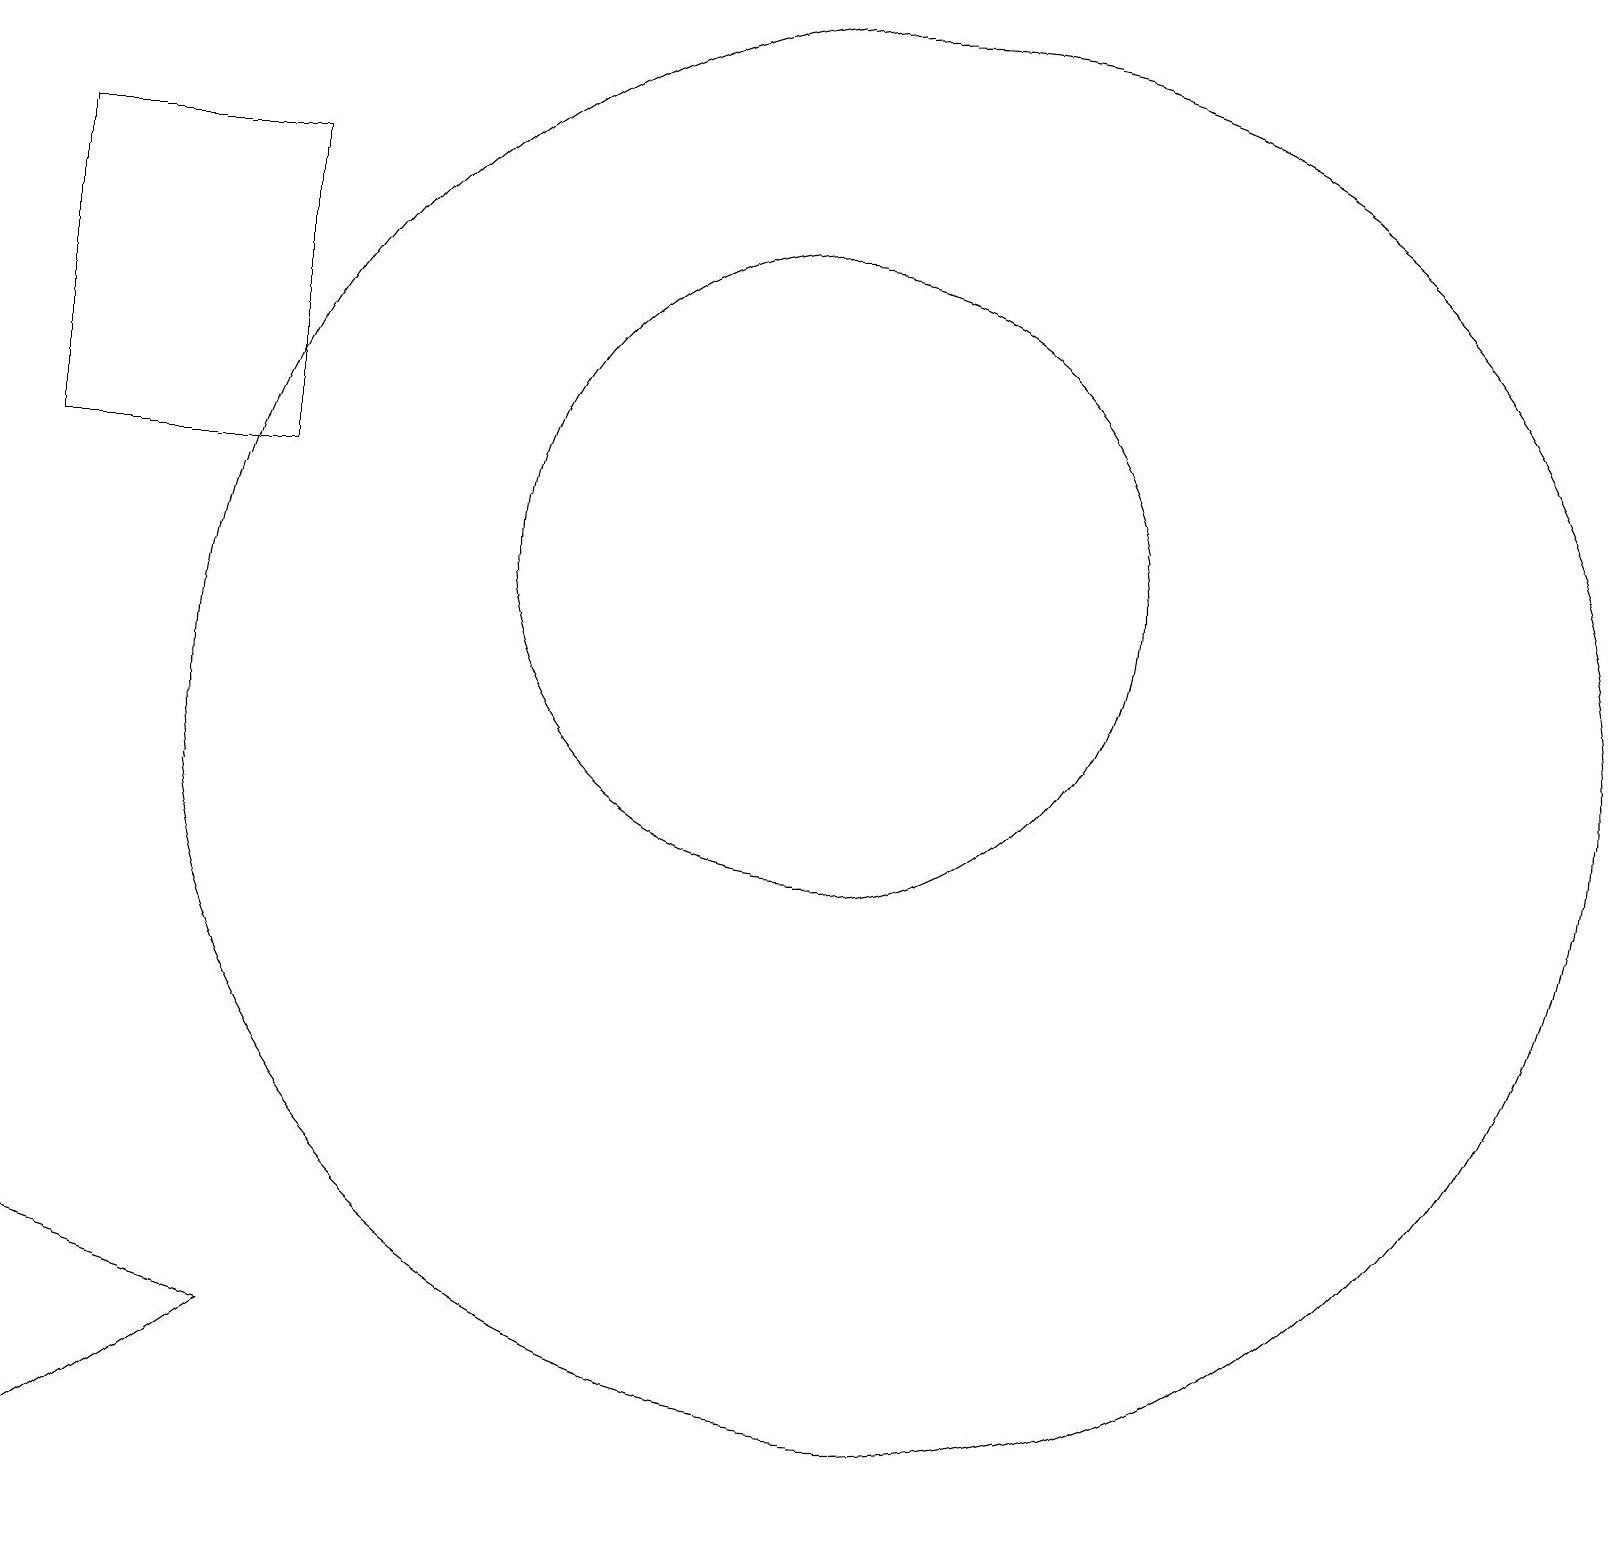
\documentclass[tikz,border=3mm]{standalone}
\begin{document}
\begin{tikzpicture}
\draw (0,17) rectangle (3,13);
\draw (11,10) circle (9);
\draw (0,3) -- (3,2) -- (0,0) -- cycle;
\draw (10,12) circle (4);
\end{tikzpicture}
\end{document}